Lunatic asylums Bombay report 1891-1903 - 1891-1903
Year: 1891
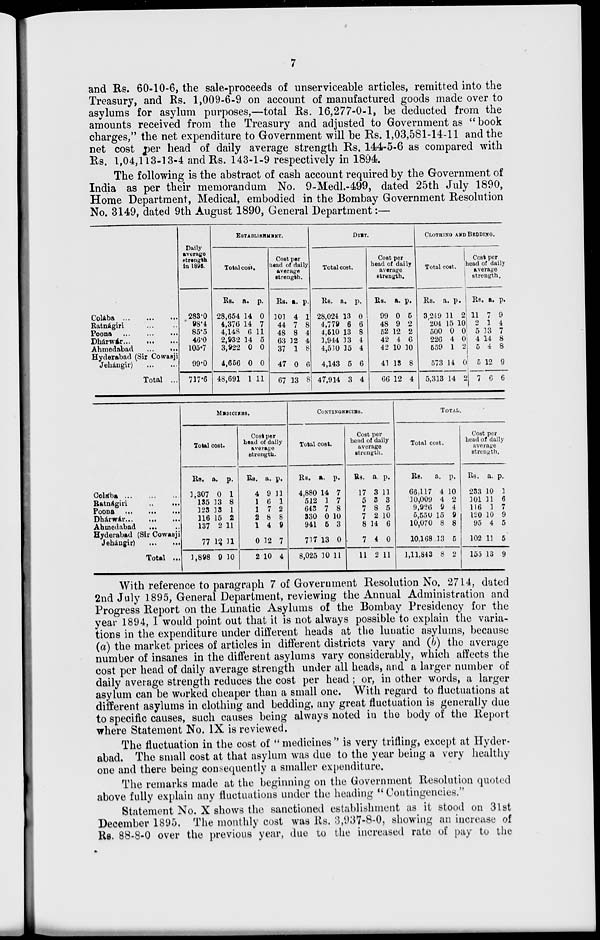
7
and Rs. 60-10-6, the sale-proceeds of unserviceable articles, remitted into the
Treasury, and Rs. 1,009-6-9 on account of manufactured goods made over to
asylums for asylum purposes,—total Rs. 16,277-0-1, be deducted from the
amounts received from the Treasury and adjusted to Government as " book
charges," the net expenditure to Government will be Rs. 1,03,581-14-11 and the
net cost per head of daily average strength Rs. 144-5-6 as compared with
Rs. 1,04,113-13-4 and Rs. 143-1-9 respectively in 1894.
The following is the abstract of cash account required by the Government of
India as per their memorandum No. 9-Medl.-499, dated 25th July 1890,
Home Department, Medical, embodied in the Bombay Government Resolution
No. 3149, dated 9th August 1890, General Department :—
Colába
...
...
...
Ratnágiri ... ...
Poona
...
...
...
Dhárwár ...
... ...
Ahmedabad
...
...
Hyderabad (Sir Cowasji
Jehangir)
...
...
Total ...
Daily
average
strength
in 1895.
283.0
98.4
85.5
46.0
105.7
99.0
717.6
ESTABLISHMENT.
Total cost.
Rs.
28,654
4,376
4,148
2,932
3,922
4,656
48,691
a.
14
14
6
14
0
0
1
p.
0
7
11
5
0
0
11
Cost per
head of daily
average
strength.
Rs.
101
44
48
63
37
47
67
a.
4
7
8
12
1
0
13
p.
1
8
4
4
8
6
8
DIET.
Total cost.
Rs.
28,024
4,779
4,510
1,944
4,510
4,143
47,914
a.
13
6
13
13
15
5
3
p.
0
6
8
4
4
6
4
Cost per
head of daily
average
strength.
Rs.
99
48
52
42
42
41
66
a.
0
9
12
4
10
13
12
p.
5
2
2
6
10
8
4
CLOTHING AND BEDDING.
Total cost.
Rs.
3,249
204
500
226
559
573
5,313
a.
11
15
0
4
1
14
14
p.
2
10
0
0
2
0
2
Cost per
head of daily
average
strength.
Rs.
11
2
5
4
5
5
7
a.
7
1
13
14
4
12
6
p.
9
4
7
8
8
9
6
Colába
...
...
...
Ratnágiri ... ...
Poona
...
...
...
Dhárwár
...
...
...
Ahmedabad
... ...
Hyderabad (Sir Cowasji
Jehángir)
...
...
Total ...
MEDICINES.
Total cost.
Rs.
1,307
135
123
116
137
77
1,898
a.
0
13
13
15
2
12
9
p.
1
8
1
2
11
11
10
Cost per
head of daily
average
strength.
Rs.
4
1
1
2
1
0
2
a.
9
6
7
8
4
12
10
p.
11
1
2
8
9
7
4
CONTINGENCIES.
Total cost.
Rs.
4,880
512
643
330
941
717
8,025
a.
14
1
7
0
5
13
10
p.
7
7
8
10
3
0
11
Cost per
head of daily
average
strength.
Rs.
17
5
7
7
8
7
11
a.
3
3
8
2
14
4
2
p.
11
3
5
10
6
0
11
TOTAL.
Total cost.
Rs.
66,117
10,009
9,926
5,550
10,070
10,168
1,11,843
a.
4
4
9
15
8
13
8
p.
10
2
4
9
8
5
2
Cost per
head of daily
average
strength.
Rs.
233
101
116
120
95
102
155
a.
10
11
1
10
4
11
13
p.
1
6
7
9
5
5
9
With reference to paragraph 7 of Government Resolution No. 2714, dated
2nd July 1895, General Department, reviewing the Annual Administration and
Progress Report on the Lunatic Asylums of the Bombay Presidency for the
year 1894, I would point out that it is not always possible to explain the varia-
tions in the expenditure under different heads at the lunatic asylums, because
(a) the market prices of articles in different districts vary and (b) the average
number of insanes in the different asylums vary considerably, which affects the
cost per head of daily average strength under all heads, and a larger number of
daily average strength reduces the cost per head ; or, in other words, a larger
asylum can be worked cheaper than a small one. With regard to fluctuations at
different asylums in clothing and bedding, any great fluctuation is generally due
to specific causes, such causes being always noted in the body of the Report
where Statement No. IX is reviewed.
The fluctuation in the cost of "medicines" is very trifling, except at Hyder-
abad. The small cost at that asylum was due to the year being a very healthy
one and there being consequently a smaller expenditure.
The remarks made at the beginning on the Government Resolution quoted
above fully explain any fluctuations under the heading " Contingencies."
Statement No. X shows the sanctioned establishment as it stood on 31st
December 1895. The monthly cost was Rs. 3,937-8-0, showing an increase of
Rs. 88-8-0 over the previous year, due to the increased rate of pay to the